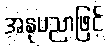
အနုပညာဖြင့်